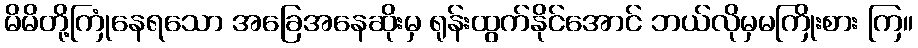
မိမိတို့ကြုံနေရသော အခြေအနေဆိုးမှ ရုန်းထွက်နိုင်အောင် ဘယ်လိုမှမကြိုးစား ကြ။